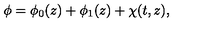
\phi = \phi _ { 0 } ( z ) + \phi _ { 1 } ( z ) + \chi ( t , z ) ,